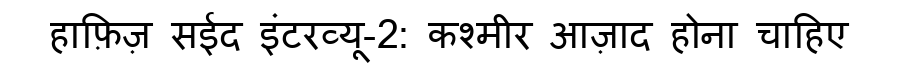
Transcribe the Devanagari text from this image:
हाफ़िज़ सईद इंटरव्यू-2: कश्मीर आज़ाद होना चाहिए